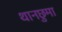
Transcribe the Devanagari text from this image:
थानछुमा